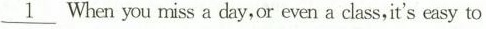
\underline{1} When you miss a day, or even a class,it's easy to